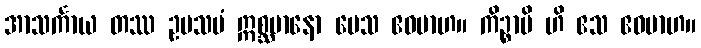
အာသင်္ကာယ တဿ ဥပသမံ ဣစ္ဆမာနော ပေသ ဧဝမာဟ။ ကိဉ္စာပိ ဟိ ဧသ ဧဝမာဟ။